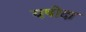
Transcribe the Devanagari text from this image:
यषोदा